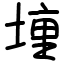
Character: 𫝟